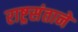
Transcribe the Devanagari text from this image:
राष्ट्रसंताने